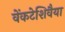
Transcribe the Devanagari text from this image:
वेंकटेशिवैया